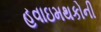
હવાઇમથકોની